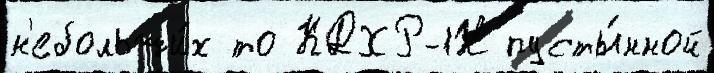
н'ебольши́х то КДХР-1Н пусты́нной